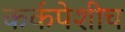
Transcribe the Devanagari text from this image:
कर्कपेशीच